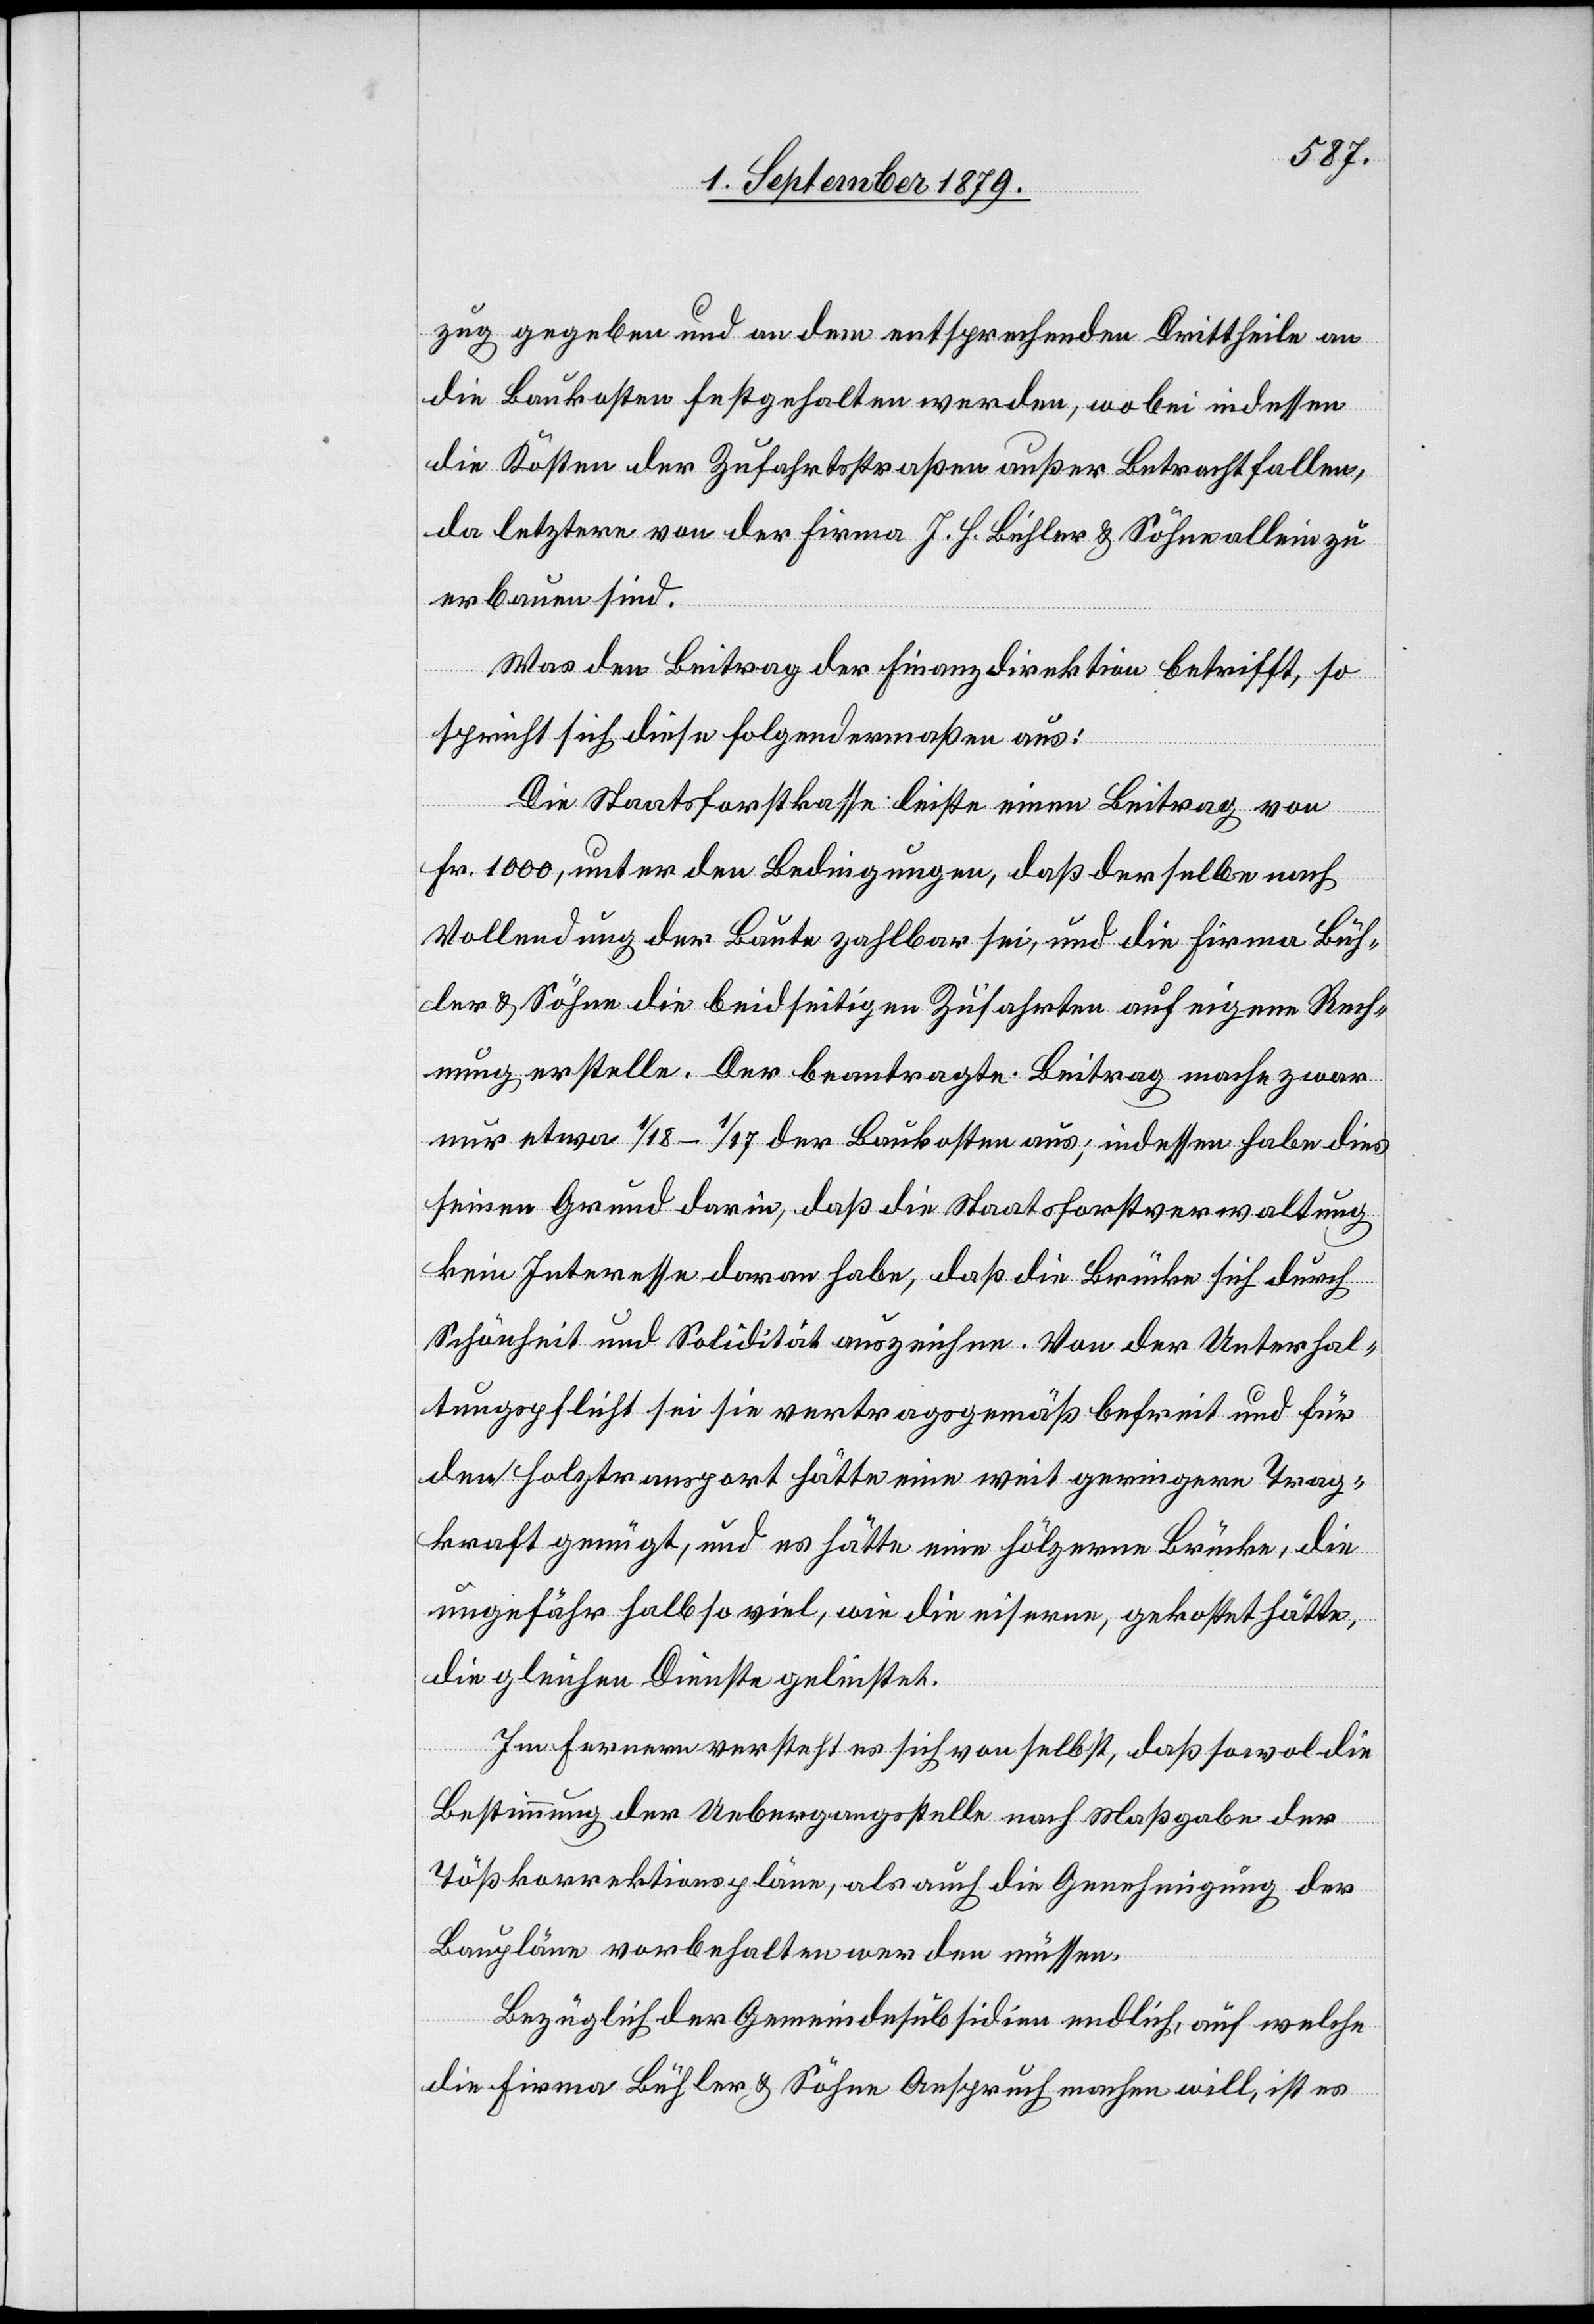
zug gegeben und an dem entsprechenden Drittheile an
die Baukosten festgehalten werden, wobei indessen
die Kosten der Zufahrtsstraßen außer Betracht fallen,
da letztere von der Firma J. H. Bühler & Söhne allein zu
erbauen sind.
Was den Beitrag der Finanzdirektion betrifft, so
spricht sich diese folgendermaßen aus:
Die Staatsforstkasse leiste einen Beitrag von
Fr. 1000, unter den Bedingungen, daß derselbe nach
Vollendung der Baute zahlbar sei, und die Firma Büh¬
ler & Söhne die beidseitigen Zufahrten auf eigene Rech¬
nung erstelle. Der beantragte Beitrag mache zwar
nur etwa 1/18–1/17 der Baukosten aus, indessen habe dies
seinen Grund darin, daß die Staatsforstverwaltung
kein Interesse daran habe, daß die Brücke sich durch
Schönheit und Solidität auszeichne. Von der Unterhal¬
tungspflicht sei sie vertragsgemäß befreit und für
den Holztransport hätte eine weit geringere Trag¬
kraft genügt, und es hätte eine hölzerne Brücke, die
ungefähr halb so viel, wie die eiserne, gekostet hätte,
die gleichen Dienste geleistet.
Im Ferneren versteht es sich von selbst, daß sowol die
Bestimmung der Uebergangsstelle nach Maßgabe der
Tößkorrektionspläne, als auch die Genehmigung der
Baupläne vorbehalten werden müssen.
Bezüglich der Gemeindesubsidien endlich, auf welche
die Firma Bühler & Söhne Anspruch machen will, ist es